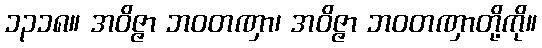
၁၃၁၈။ အဝိဇ္ဇာ ဘဝတဏှာ၊ အဝိဇ္ဇာ ဘဝတဏှာတို့ကို။